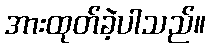
အားထုတ်ခဲ့ပါသည်။